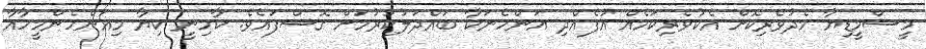
މީސްމީޑިޔާ މެދުވެރިކޮށް އެކުވެރިކަމެއް އުފެއްދި އަންހެނަކާ ބައްދަލުކުރުމަށް ގޮސްފައެވެ. ކާމިނީ ކިޔާ މިއަންހެންމީހާއާ